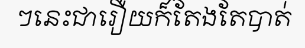
ៗនេះជារឿយក៏តែងតែបាត់